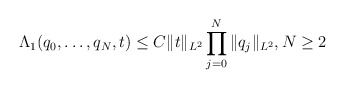
\begin{align*}\Lambda _ 1 ( q_ 0, \dots, q_{ N } , t ) \leq C \| t \| _ { L^2 } \prod _ { j =0 } ^ { N} \| q _j \| _ { L^2}, N \geq 2\end{align*}